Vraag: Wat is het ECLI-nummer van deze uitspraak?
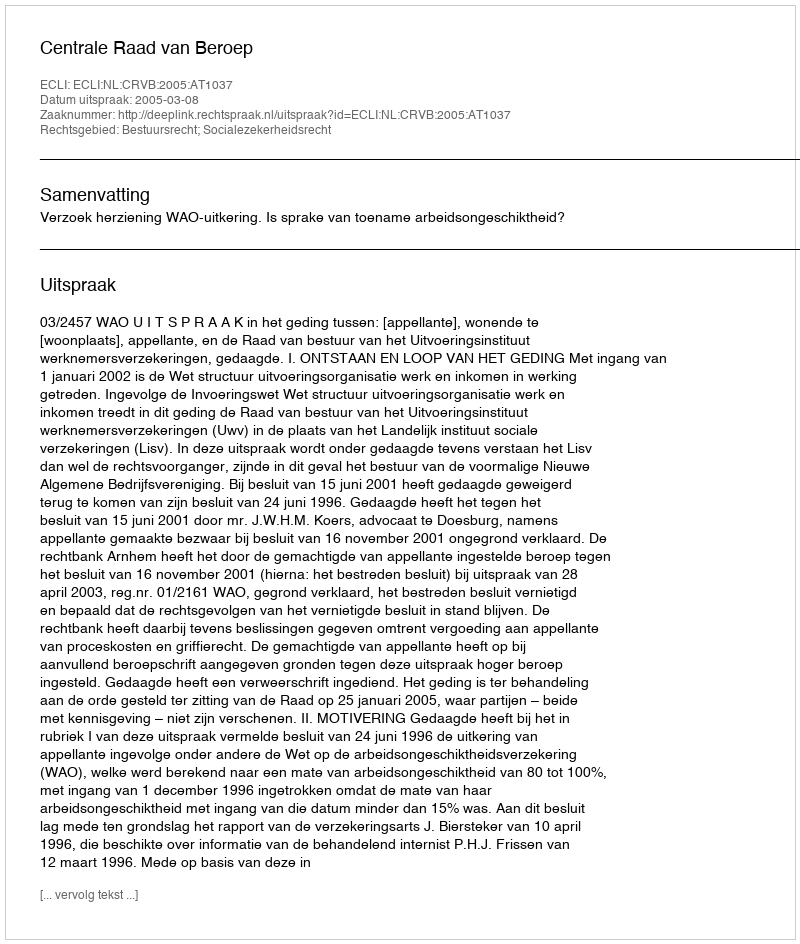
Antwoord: ECLI:NL:CRVB:2005:AT1037